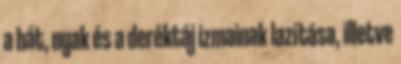
a hát, nyak és a deréktáj izmainak lazítása, illetve